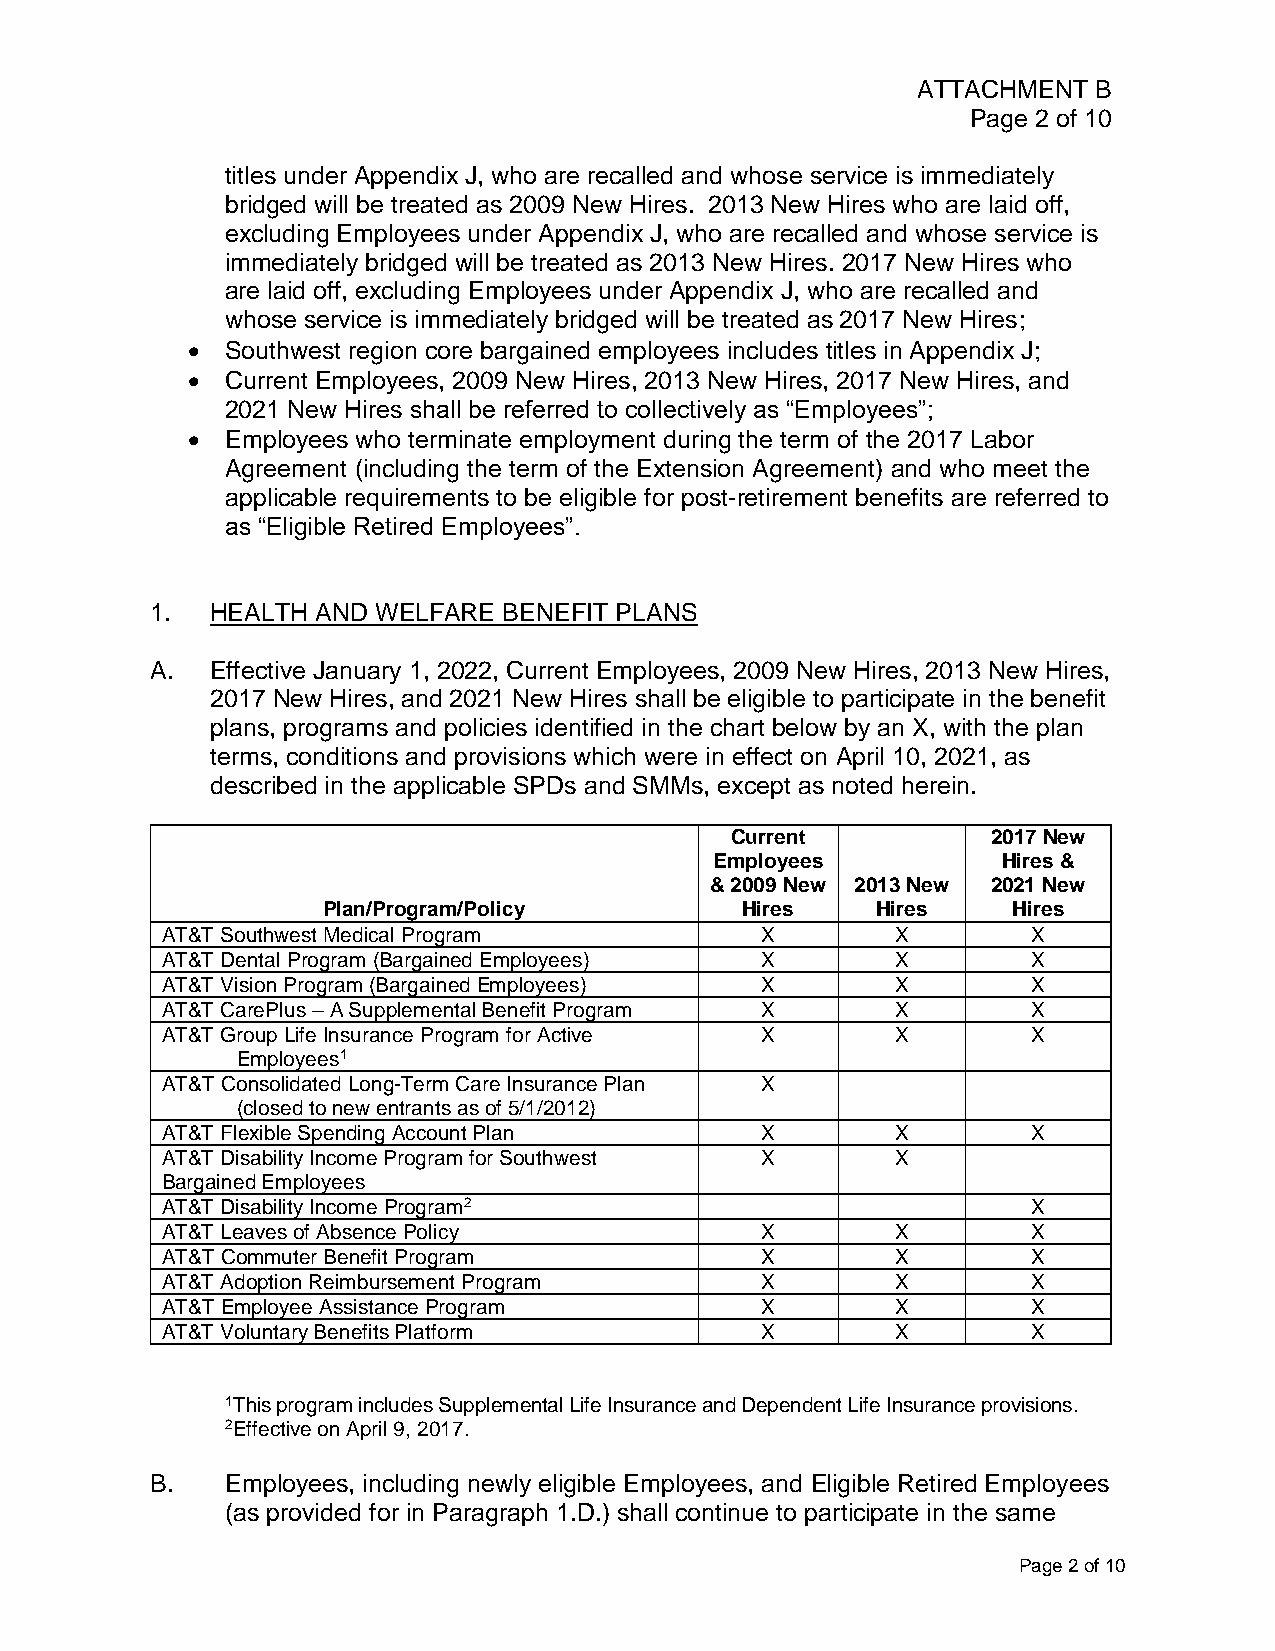
ATTACHMENT  B
 Page 2 of 10
 titles under Appendix J, who are recalled and whose service is immediately
 bridged will be treated as 2009 New Hires. 2013 New Hires who are laid off,
 excluding Employees under Appendix J, who are recalled and whose service is
 immediately bridged will be treated as 2013 New Hires. 2017 New Hires who
 are laid off, excluding Employees under Appendix J, who are recalled and
 whose service is immediately bridged will be treated as 2017 New Hires;
   Southwest region core bargained employees includes titles in Appendix J;
   Current Employees, 2009 New Hires, 2013 New Hires, 2017 New Hires, and
 2021 New Hires shall be referred to collectively as “Employees”;
   Employees who terminate employment during the term of the 2017 Labor
 Agreement (including the term of the Extension Agreement) and who meet the
 applicable requirements to be eligible for post-retirement benefits are referred to
 as “Eligible Retired Employees”.
 1.  HEALTH AND WELFARE BENEFIT PLANS
 A.  Effective January 1, 2022, Current Employees, 2009 New Hires, 2013 New Hires,
 2017 New Hires, and 2021 New Hires shall be eligible to participate in the benefit
 plans, programs and policies identified in the chart below by an X, with the plan
 terms, conditions and provisions which were in effect on April 10, 2021, as
 described in the applicable SPDs and SMMs, except as noted herein.
 Current           2017 New
 Employees          Hires &
 & 2009 New 2013 New 2021 New
 Plan/Program/Policy         Hires    Hires    Hires
 AT&T Southwest Medical Program         X        X        X
 AT&T Dental Program (Bargained Employees) X     X        X
 AT&T Vision Program (Bargained Employees) X     X        X
 AT&T CarePlus – A Supplemental Benefit Program X X       X
 AT&T Group Life Insurance Program for Active X  X        X
 Employees1
 AT&T Consolidated Long-Term Care Insurance Plan X
 (closed to new entrants as of 5/1/2012)
 AT&T Flexible Spending Account Plan    X        X        X
 AT&T Disability Income Program for Southwest X  X
 Bargained Employees
 AT&T Disability Income Program2                          X
 AT&T Leaves of Absence Policy          X        X        X
 AT&T Commuter Benefit Program          X        X        X
 AT&T Adoption Reimbursement Program    X        X        X
 AT&T Employee Assistance Program       X        X        X
 AT&T Voluntary Benefits Platform       X        X        X
 1This program includes Supplemental Life Insurance and Dependent Life Insurance provisions.
 2Effective on April 9, 2017.
 B.   Employees, including newly eligible Employees, and Eligible Retired Employees
 (as provided for in Paragraph 1.D.) shall continue to participate in the same
 Page 2 of 10